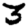
Digit: 3